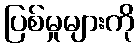
ပြစ်မှုများကို